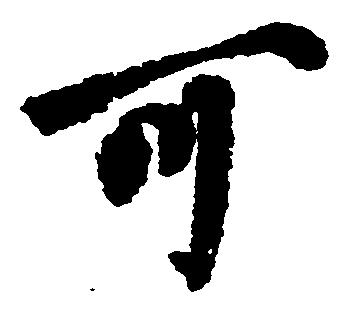
可